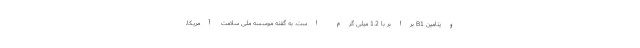
ویتامین B1 برابر با 1.2 میلی گرم است. به گفته موسسه ملی سلامت آمریکا،